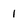
Character: 1